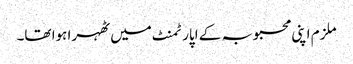
ملزم اپنی محبوبہ کے اپارٹمنٹ میں ٹھہرا ہوا تھا۔